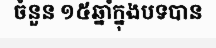
ចំនួន ១៥ឆ្នាំក្នុងបទបាន